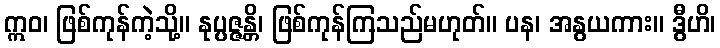
ဣဝ၊ ဖြစ်ကုန်ကဲ့သို့။ နုပ္ပဇ္ဇန္တိ၊ ဖြစ်ကုန်ကြသည်မဟုတ်။ ပန၊ အနွယကား။ ဒွီဟိ၊